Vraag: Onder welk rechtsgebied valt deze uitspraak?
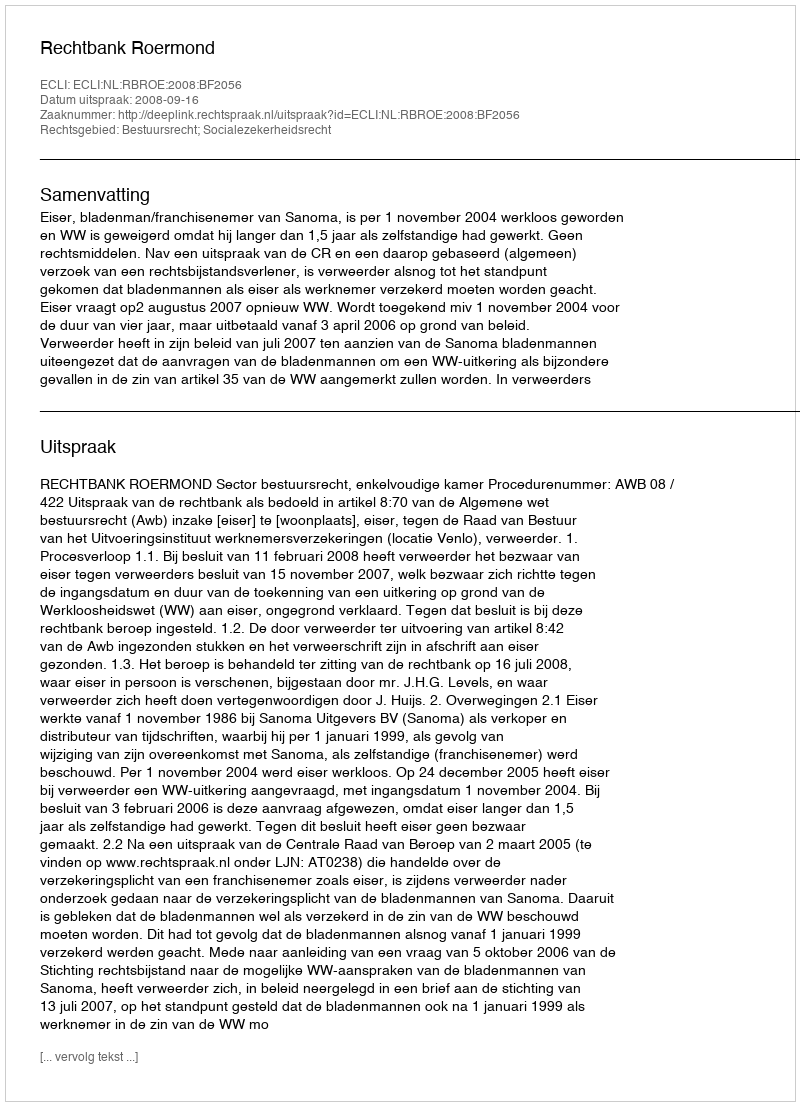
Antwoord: Bestuursrecht; Socialezekerheidsrecht